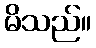
မိသည်။